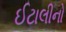
ઈટાલીનો